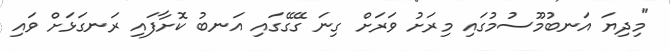
"މިދިޔަ އަނބުމޫސުމުގައި މިރަށު ވަރަށް ގިނަ ގޭގޭގައި އަނބު ކޮށާފައި ރަނގަޅަށް ވައި